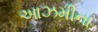
આઝમીના